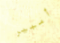
أمبير